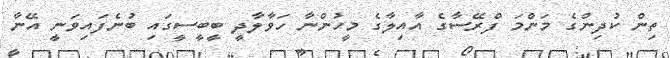
ތިން ކުދިންގެ މަންމަ ފްރޭސާގެ އާއިލާގެ މީހުންނާ ހަވާލާދީ ބީބީސީގައި ބުނެފައިވަނީ އޭނާ